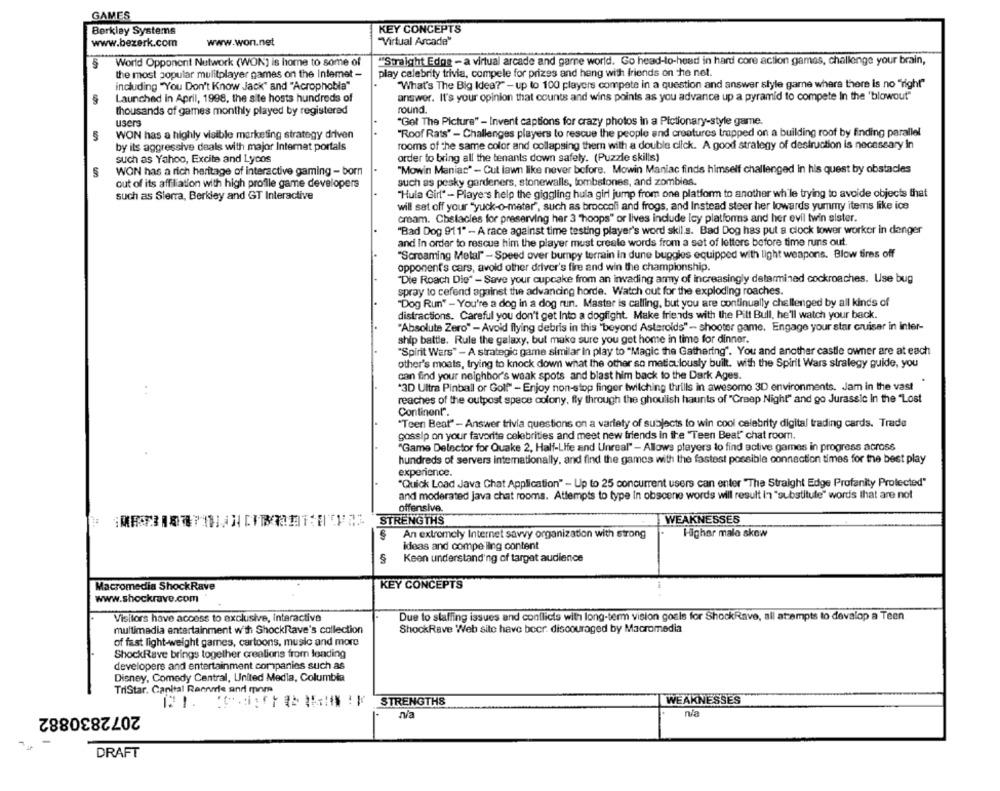
GAMES
Berkley Systems
KEY CONCEPTS
"Virtual Arcade"
www.bezerk.com
www.won.net
World Opponent Network (WON] is home to some of
""Straight Edge - a virtual arcade and garne world. Go head-to-head in hard core action games, challenge your brain,
the most popular mulitplayer games on the Intemet -
play celebrity trivia, compele for prizes and heng with friends on the net.
including "You Don't Know Jack" and "Acrophobla"
"What's The Big Idea?" - up to 100 players compete in a question and answer style game where there is no "right"
Launched in April, 1998, the site hosts hundreds of
answer. It's your opinion that counts and wins points as you advance up a pyramid to compete In the 'blowout"
thousands of games monthly played by registered
round.
users
"Get The Picture" - Invent captions for crazy photos in a Pictionary-style game.
WON has a highly visible marketing strategy driven
"Roof Rats" - Challenges players to rescue the people and creatures trapped on a building roof by finding parallel
5
by its aggressive deals with major Internat portals
rooms of the same color and collapsing them with a double click. A good strategy of destruction is necessary In
such as Yahoo, Excite and Lycos
order to bring all the tenants down safely. (Puzzle skills)
WON has a rich heritage of interactive gaming - born
"Mowin Manias" - Cut lawn like never before. Mowin Maniac finds himself challenged in his quest by obstacles
out of its affiliation with high profile game developers
such as pesky gardeners, stonewalls, tombstones, and zombies.
such as Sierra, Berkley and GT Interactive
"Hula Girl" - Players help the giggling hula girl jump from one platform to another while trying to avoide objects that
will set off your "yuck-o-meter", such as broccoli and frogs, and Instead steer her lowards yummy items like ice
cream. Obstacles for preserving her 3 "hoops" or lives include icy platforms and her evil twin sister.
"Bad Dog 911" - A race against time testing player's word skil's. Bad Dog has put a clock tower worker in danger
and In order to rescue him the player must create words from a set of letters before time runs out.
"Screaming Metal" - Speed over bumpy terrain in dune buggles equipped with light weapons. Blow tires off
opponent's cars, avold other driver's fire and win the championship.
"Die Roach Die" - Save your cupcake from an invading army of increasingly determined cockroaches. Use bug
spray to cefend against the advancing horde. Watch out for the exploding roaches.
"Dog Run" - You're a dog in a dog run. Master is calling, but you are continually challenged by all kinds of
distractions. Careful you don't get Into a dogfight. Make friends with the Pitt Bull, he'll watch your back.
"Absolute Zero" - Avoid flying debris in this "beyond Asteroids" - shooter game. Engage your star cruiser in inter-
ship battle. Rule the galaxy, but make sure you get home in time for dinner.
"Spirit Wars" - A strategic game similar in play to "Magic the Gathering". You and another castle owner are at each
other's moats, trying to knock down what the other so meticulously built. with the Spirit Wars strategy guide, you
can find your neighbor's weak spots and blast him back to the Dark Ages.
'3D Ultra Pinball or Golf" - Enjoy non-stop finger twitching thrills in awesome 3D environments. Jam in the vast
. .
reaches of the outpost space colony, fly through the ghoulish haunts of "Creep Night" and go Jurassic In the "Lost
Continent".
"Teen Beat" - Answer trivia questions on a variety of subjects to win cool celebrity digital trading cards. Trade
gossip on your favorite celebrities and meet new friends in the "Teen Beat" chat room.
"Game Delector for Quake 2, Half-Life and Unreal" - Allows players to find active games in progress across
hundreds of servers internationally, and find the games with the fastest possible connection times for the best play
experience.
"Quick Load Java Chat Application" - Up to 25 concurrent users can enter "The Straight Edge Profanity Protected"
and moderated java chat rooms. Attempts to type In obscene words will result in "substitule" words that are not
offensive.
STRENGTHS
WEAKNESSES
An extremely Internet savvy organization with strong
Higher malo skow
ideas and compelling content
Keen understanding of target audience
Macromedia ShockRave
KEY CONCEPTS
www.shockrave.com
Visitors have access to exclusive, interactive
Due to staffing issues and conflicts with long-term vision goals for ShockRave, all attempts to develop a Teen
multimedia entertainment w'th ShockRave's collection
ShockRave WWeb site have boer. discouraged by Macromedia
of fast light-weight games, cartoons, music and more
ShockRave brings together creations from loading
developers and entertainment companies such as
Disney, Comedy Central, United Medla, Columbia
TriStar. Canital Raarvrie and mom
1:1.
STRENGTHS
WEAKNESSES
2072830882
n/a
na
DRAFT